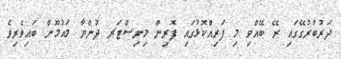
ދަރުބާރުގޭގައި ރޭ ބޭއްވި މި ފަރިއްކޮޅުގައި ފޮރިން މިނިސްޓަރ ދުންޔާ މައުމޫން ބައިވެރިވެ